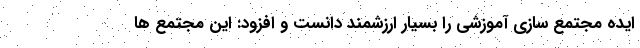
ایده مجتمع سازی آموزشی را بسیار ارزشمند دانست و افزود: این مجتمع ها